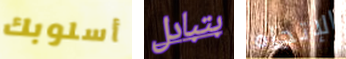
أسلوبك بتبادل الإتجاه